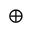
\oplus